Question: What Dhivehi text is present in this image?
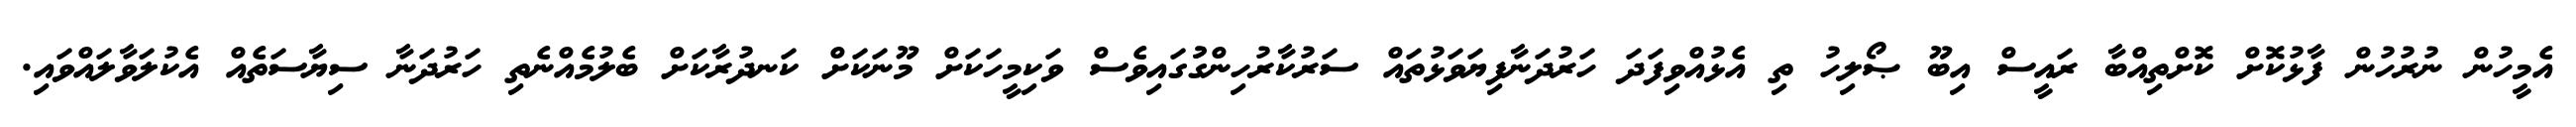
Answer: އެމީހުން ނުރުހުން ފާޅުކޮށް ކޮށްތިއްބާ ރައީސް އިބޫ ޞޯލިހު ތި އެޅުއްވިފަދަ ހަރުދަނާފިޔަވަޅުތައް ސަރުކާރުހިންގުުގައިވެސް ވަކިމީހަކަށް މޫނަކަށް ކަނދުރާކަށް ބެލުމެއްނެތި ހަރުދަނާ ސިޔާސަތެއް އެކުލަވާލައްވައި.